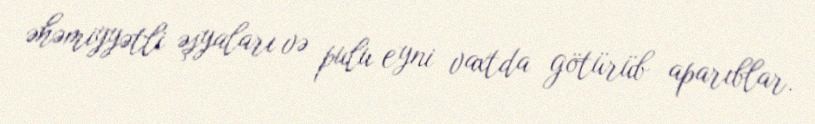
əhəmiyyətli əşyaları və pulu eyni vaxtda götürüb aparıblar.